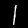
Digit: 1